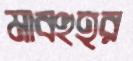
মাবহুহর